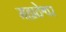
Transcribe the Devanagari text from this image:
महादेश्वर